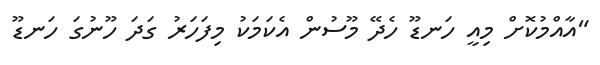
"އާއްމުކޮށް މިއީ ހަނޑޫ ހެދޭ މޫސުން އެކަމަކު މިފަހަރު ގަދަ ހޫނުގަ ހަނޑޫ